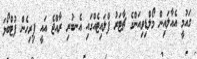
ގައުމީ އެއާލައިން މޯލްޑިވިއަންގެ ޗާޓަރު ފްލައިޓެއްގައި އެނބުރި ރާއްޖެ އައީ ފިރިހެން ފުޓްބޯޅަ